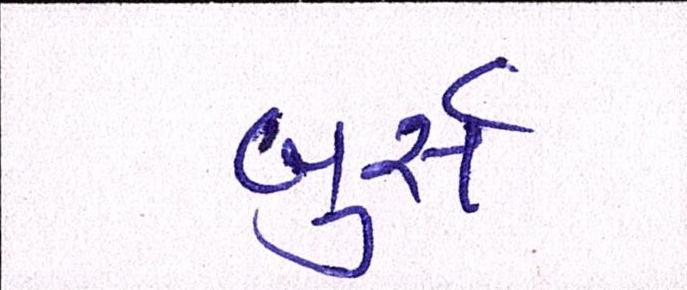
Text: બુર્સ